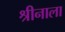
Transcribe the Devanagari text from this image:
श्रीनाला